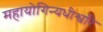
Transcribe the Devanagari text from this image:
महायोगिन्यधीश्वरि